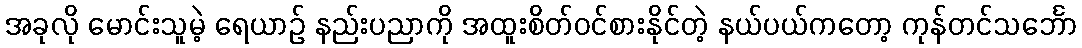
အခုလို မောင်းသူမဲ့ ရေယာဉ် နည်းပညာကို အထူးစိတ်ဝင်စားနိုင်တဲ့ နယ်ပယ်ကတော့ ကုန်တင်သင်္ဘော